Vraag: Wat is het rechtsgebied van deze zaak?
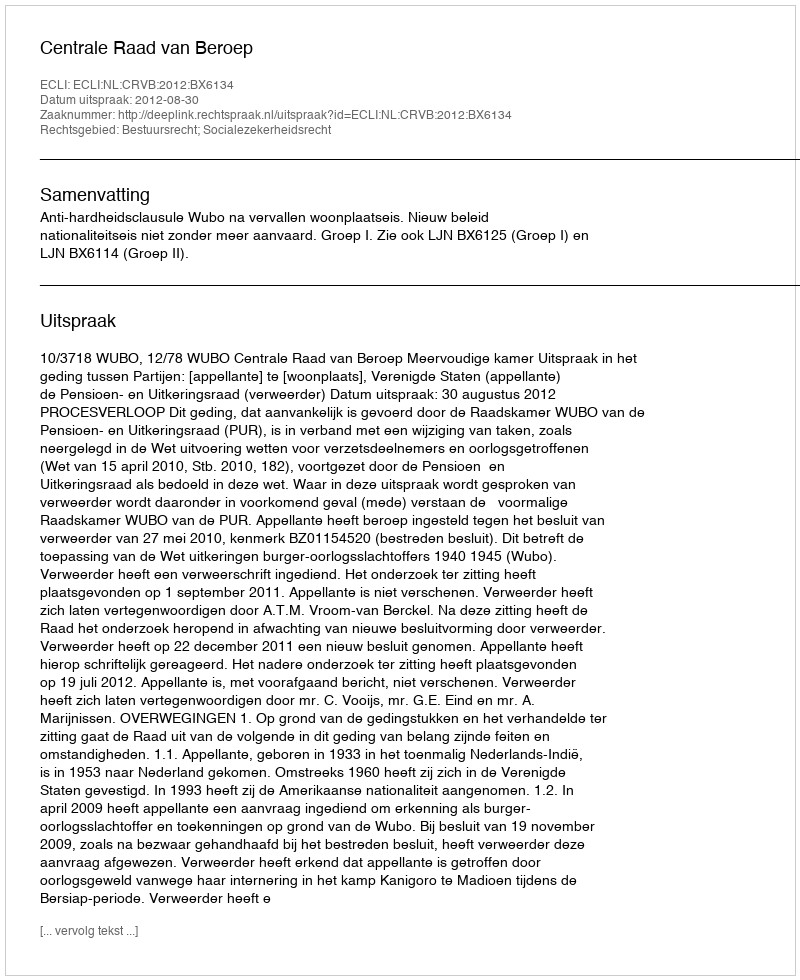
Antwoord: Bestuursrecht; Socialezekerheidsrecht